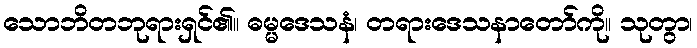
သောဘိတဘုရားရှင်၏။ ဓမ္မဒေသနံ၊ တရားဒေသနာတော်ကို။ သုတွာ၊